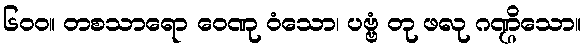
၆၀၀။ တစသာရော ဝေဏု ဝံသော၊ ပဗ္ဗံ တု ဖလု ဂဏ္ဌိသော။